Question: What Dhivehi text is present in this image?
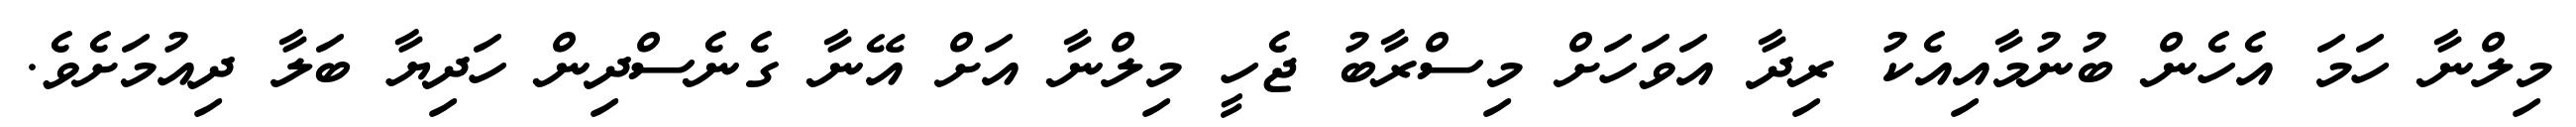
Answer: މިލްނާ ހަމަ އެހެން ބުނުމާއިއެކު ރިދާ އަވަހަށް މިސްރާބު ޖެހީ މިލްނާ އަށް އޭނާ ގެނެސްދިން ހަދިޔާ ބަލާ ދިއުމަށެވެ.